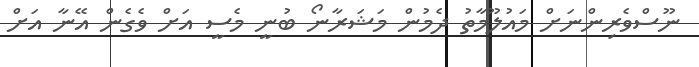
ނޫސްވެރިންނަށް މައުލޫމާތު ދެމުން މަޝަރާނޯ ބުނީ މެސީ އަށް ވެގެން އޭނާ އަށް